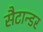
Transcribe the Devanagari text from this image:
सैटान्डर